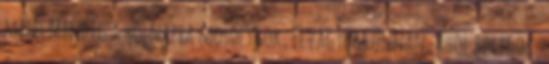
mint Mindig a holnapra mosolygok, Elvágyom onnan, ahol bolygok,